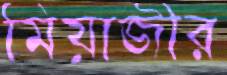
মিয়াজীর